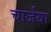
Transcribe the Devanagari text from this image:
चार्जया